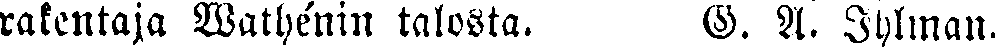
rakentaja Wathénin talosta. G. A. Ihlman.